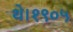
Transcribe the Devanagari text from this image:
थे।१९०५